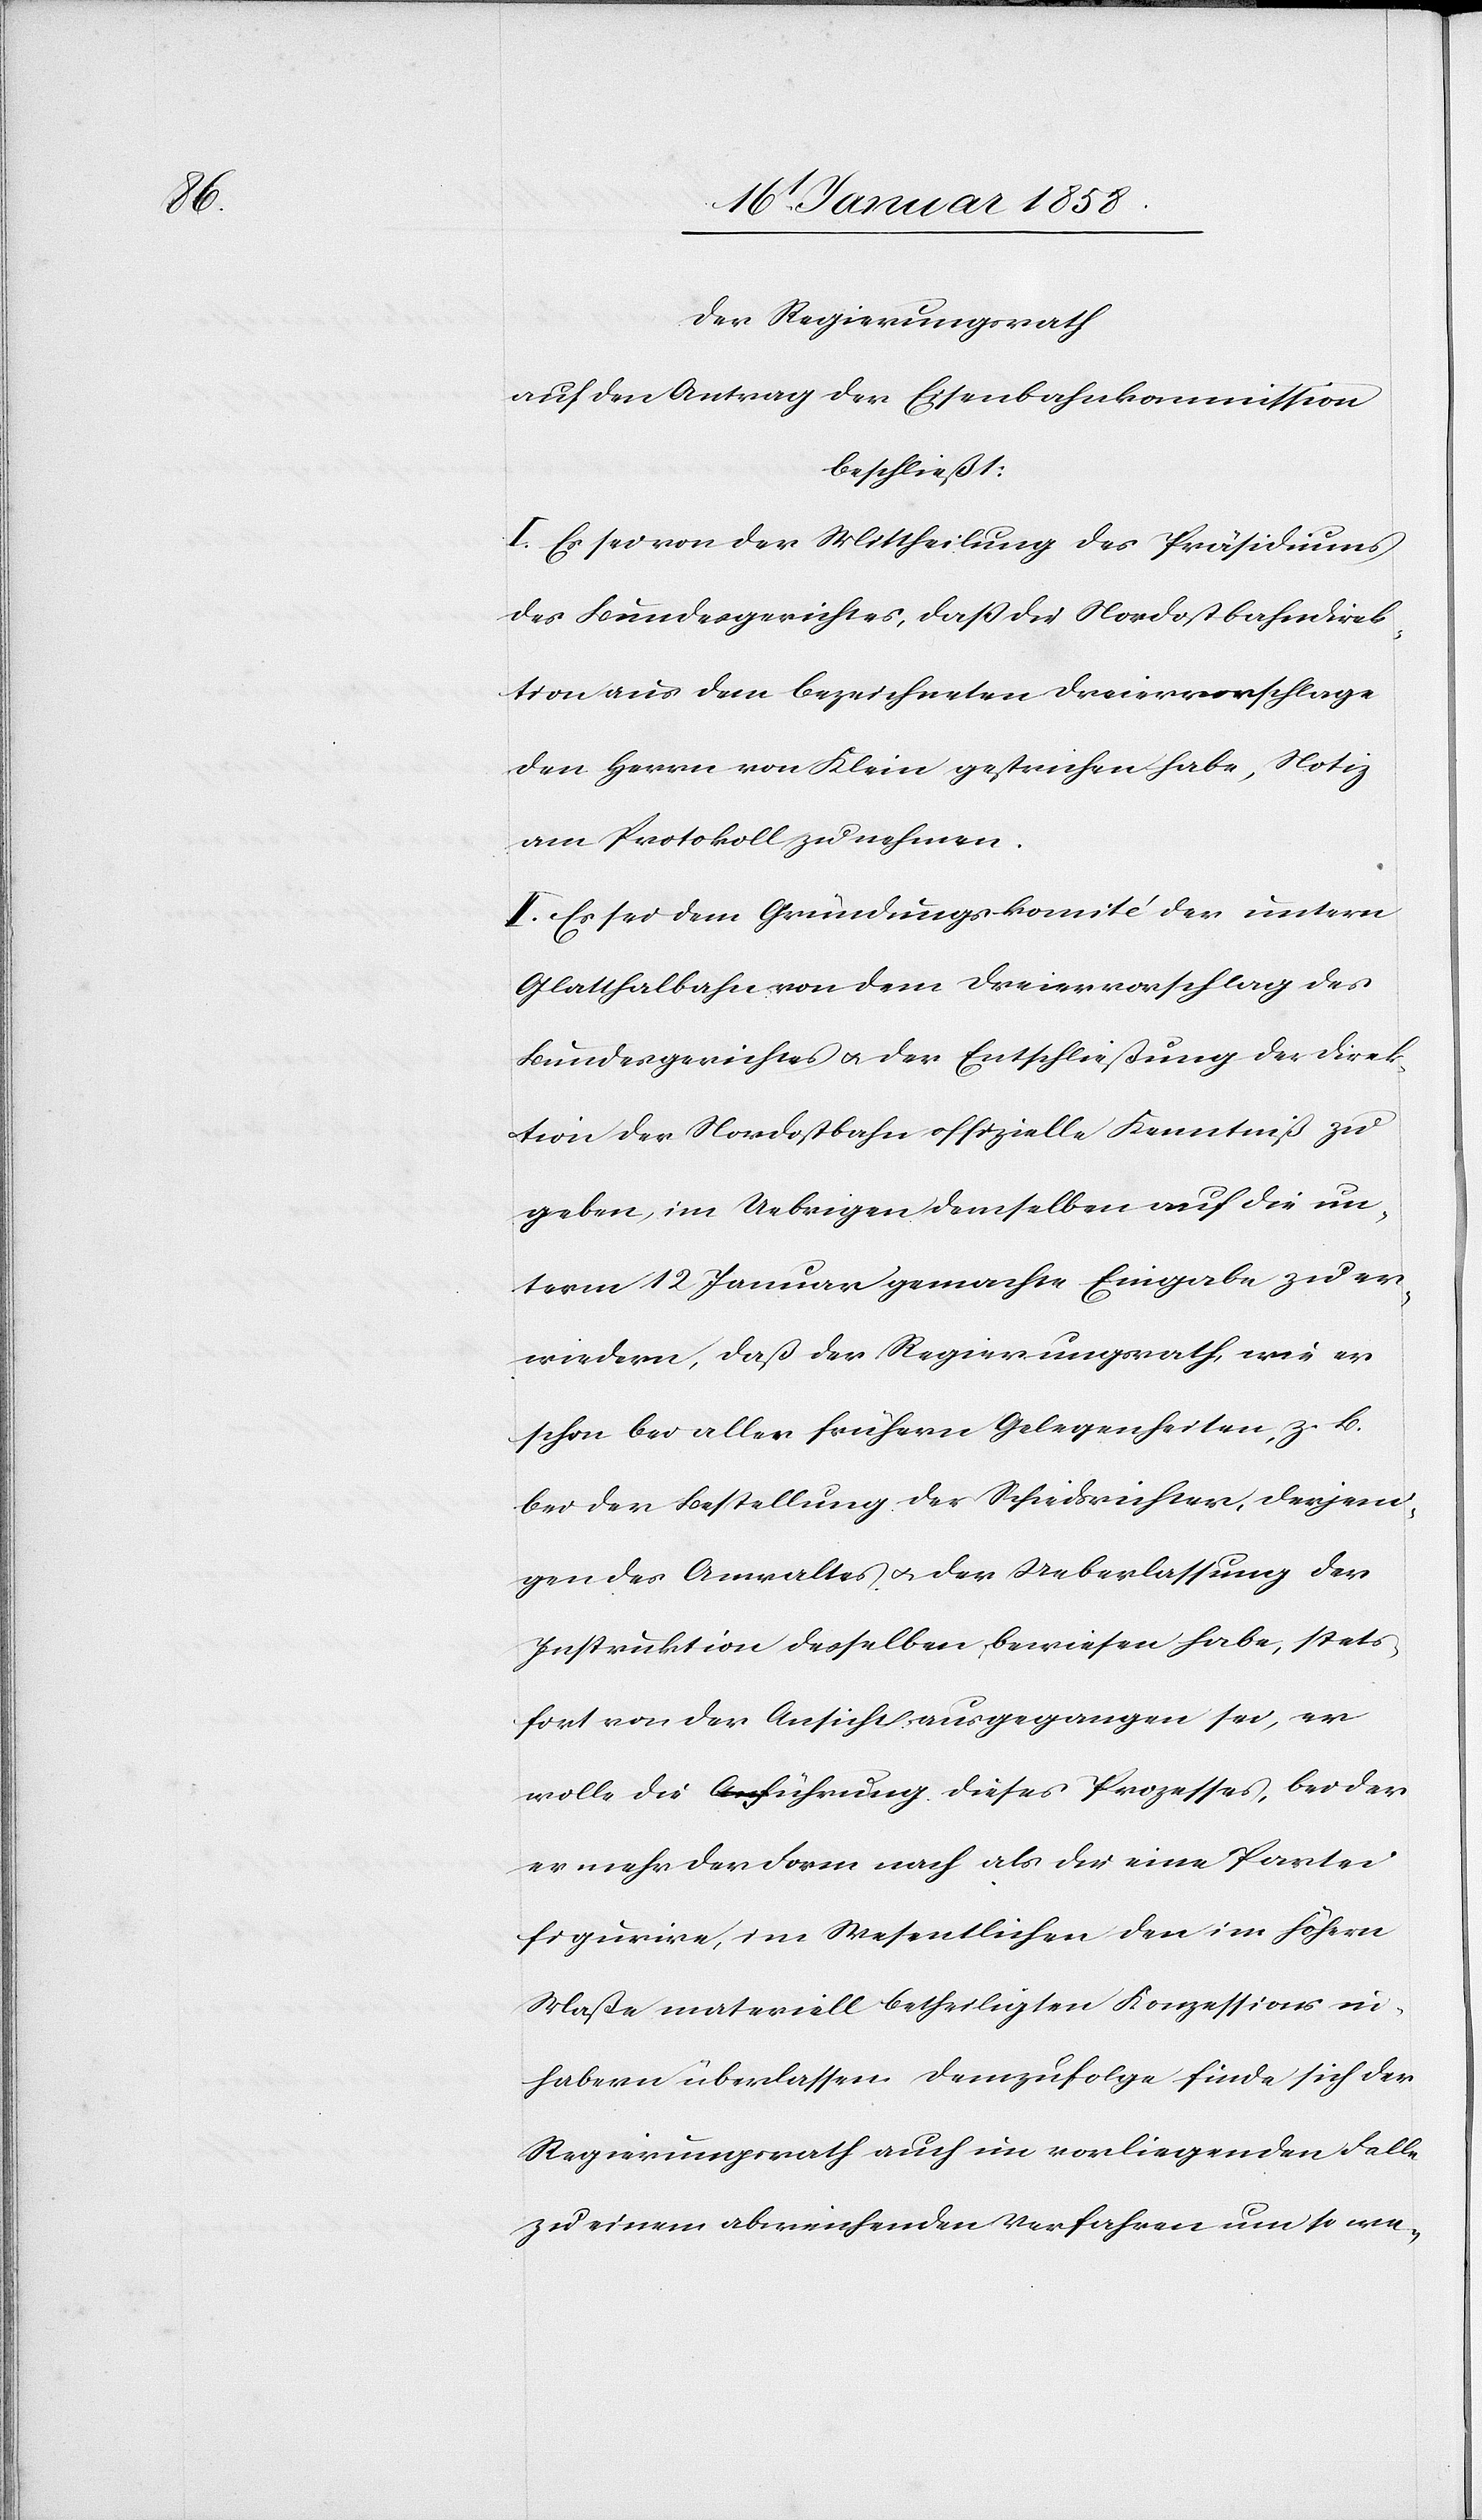
Der Regierungsrath
auf den Antrag der Eisenbahnkommission
beschließt:
I. Es sei von der Mittheilung des Präsidiums
des Bundesgerichtes, daß die Nordostbahndirek¬
tion aus dem bezeichneten Dreiervorschlage
den Herrn von Klein gestrichen habe, Notiz
an Protokoll zu nehmen.
II. Es sei dem Gründungskomité der untern
Glatthalbahn von dem Dreiervorschlag des
Bundesgerichtes u. der Entschließung der Direk¬
tion der Nordostbahn offiziell Kenntniß zu
geben, im Uebrigen demselben auf die un¬
term 12 Januar gemachte Eingabe zu er¬
wiedern, daß der Regierungsrath, wie er
schon bei aller frühern Gelegenheiten, z. B.
bei der Bestellung der Schiedsrichter, derjeni¬
gen des Anwaltes u. der Ueberlassung der
Instruktion desselben bewiesen habe, stets¬
fort von der Ansicht ausgegangen sei, er
wolle die Führung dieses Prozesses, bei der
er mehr der Form nach als die eine Partei
figurire, im Wesentlichen den im höhern
Maße materiell betheiligten Konzessionsin¬
habern überlassen. Demzufolge finde sich der
Regierungsrath auch im vorliegenden Falle
zu einem abweichenden Verfahren um so we-